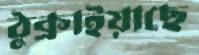
ঠুক্‌রাইয়াছে